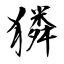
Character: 獜